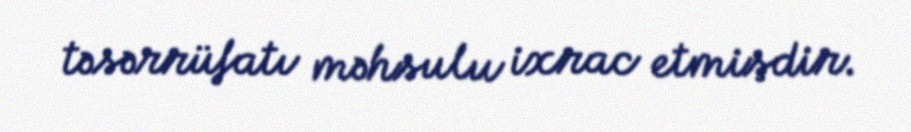
təsərrüfatı məhsulu ixrac etmişdir.